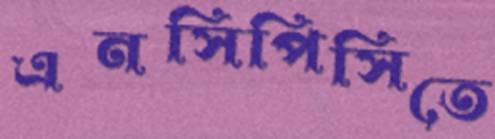
এনসিপিসিতে